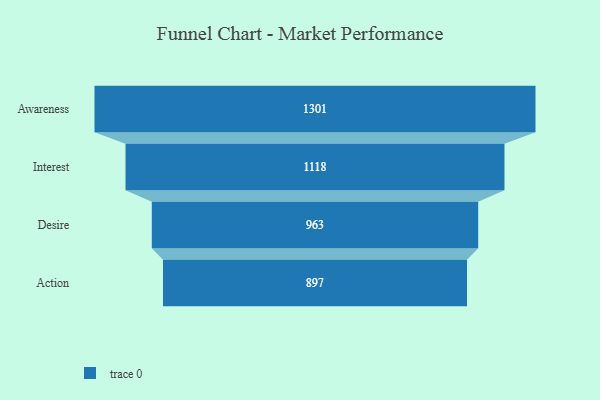
{"axis": {"x": "Stage", "y": "Value"}, "legend": [""], "data": [{"x": "Awareness", "y": 1301.0, "type": ""}, {"x": "Interest", "y": 1118.0, "type": ""}, {"x": "Desire", "y": 963.0, "type": ""}, {"x": "Action", "y": 897.0, "type": ""}]}